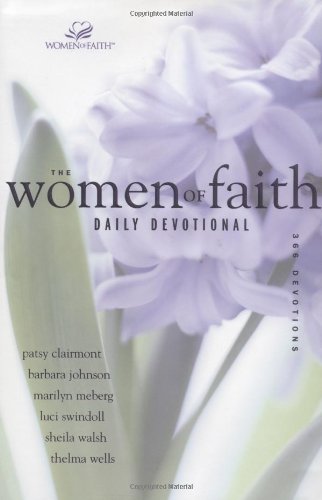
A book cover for The Women of Faith Daily Devotional; Patsy Clairmont; Religion & Spirituality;